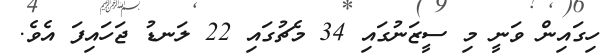
ހިގައިން ވަނީ މި ސީޒަނުގައި 34 މެޗުގައި 22 ލަނޑު ޖަހައިފަ އެވެ.